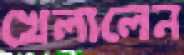
খেলালেন